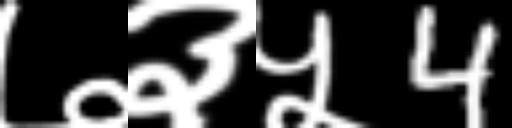
Text: ७३५4